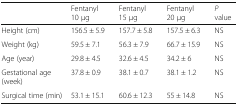
<table><thead><tr><td></td><td><b>Fentanyl 10 μg</b></td><td><b>Fentanyl 15 μg</b></td><td><b>Fentanyl 20 μg</b></td><td><b><i>P</i> value</b></td></tr></thead><tbody><tr><td>Height (cm)</td><td>156.5 ± 5.9</td><td>157.7 ± 5.8</td><td>157.5 ± 6.3</td><td>NS</td></tr><tr><td>Weight (kg)</td><td>59.5 ± 7.1</td><td>56.3 ± 7.9</td><td>66.7 ± 15.9</td><td>NS</td></tr><tr><td>Age (year)</td><td>29.8 ± 4.5</td><td>32.6 ± 4.5</td><td>34.2 ± 6</td><td>NS</td></tr><tr><td>Gestational age (week)</td><td>37.8 ± 0.9</td><td>38.1 ± 0.7</td><td>38.1 ± 1.2</td><td>NS</td></tr><tr><td>Surgical time (min)</td><td>53.1 ± 15.1</td><td>60.6 ± 12.3</td><td>55 ± 14.8</td><td>NS</td></tr></tbody></table>